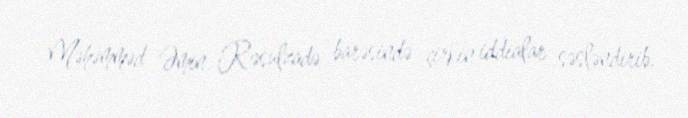
Məhəmməd Əmin Rəsulzadə barəsində çirkin iddialar səsləndirib.